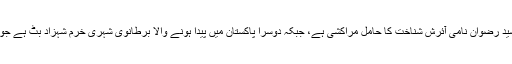
معلوم ہوا ہے کہ ان میں سے ایک رشید رضوان نامی آئرش شناخت کا حامل مراکشی ہے، جبکہ دوسرا پاکستان میں پیدا ہونے والا برطانوی شہری خرم شہزاد بٹ ہے جو "سیکورٹی سروسز میں مشہور تھا”۔